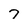
Character: 7